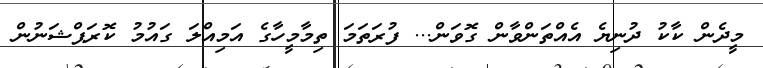
މީދެން ކާކު ދުނިޔެ އެއްތަންވާން ގޮވަން... ފުރަތަމަ ތިމާމީހާގެ އަމިއްލަ ގައުމު ކޮރަޕްޝަނުން